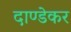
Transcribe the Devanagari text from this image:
दाण्डेकर